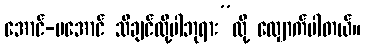
အောင်-မအောင် သိချင်လို့ပါဘုရား”လို့ လျှောက်ပါတယ်။